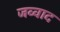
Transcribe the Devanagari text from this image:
जव्वाद